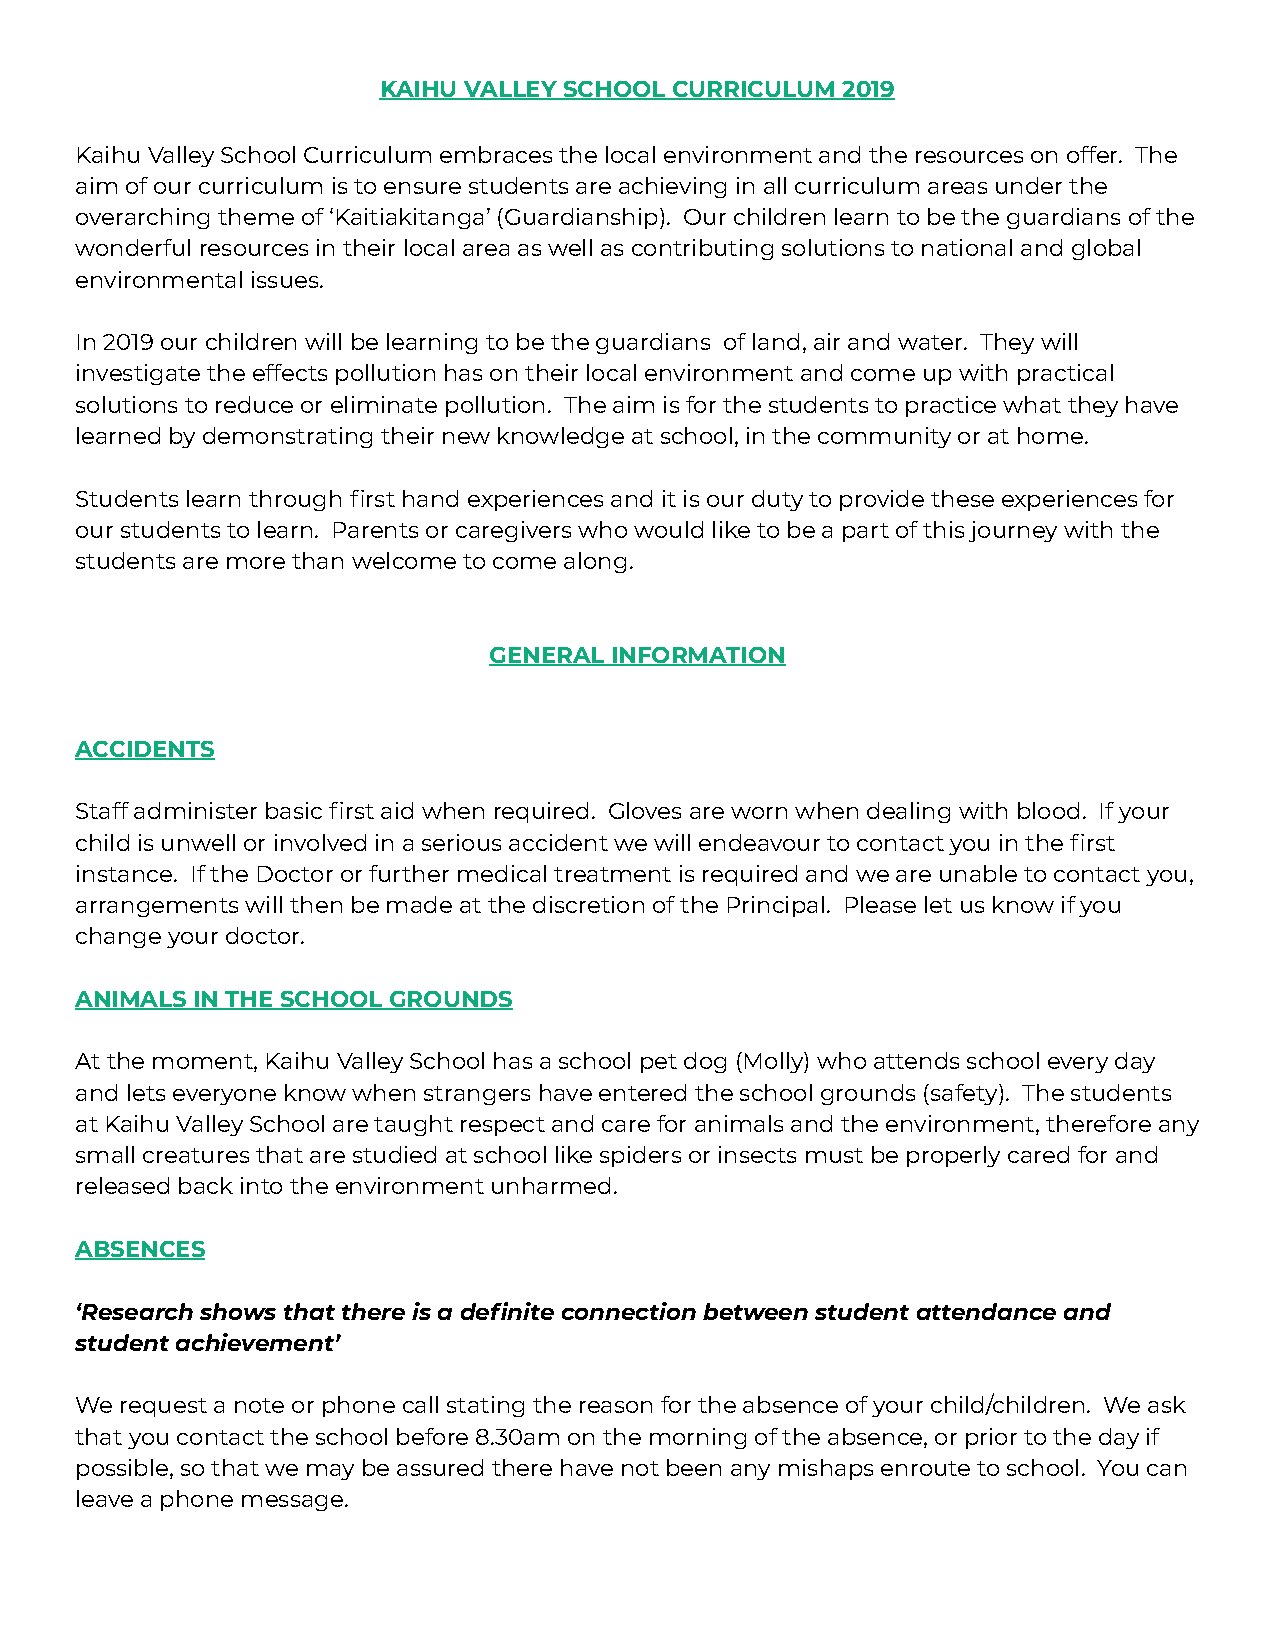
KAIHU VALLEY SCHOOL CURRICULUM 2019
 Kaihu Valley School Curriculum embraces the local environment and the resources on offer. The
 aim of our curriculum is to ensure students are achieving in all curriculum areas under the
 overarching theme of ‘Kaitiakitanga’ (Guardianship). Our children learn to be the guardians of the
 wonderful resources in their local area as well as contributing solutions to national and global
 environmental issues.
 In 2019 our children will be learning to be the guardians of land, air and water. They will
 investigate the effects pollution has on their local environment and come up with practical
 solutions to reduce or eliminate pollution. The aim is for the students to practice what they have
 learned by demonstrating their new knowledge at school, in the community or at home.
 Students learn through first hand experiences and it is our duty to provide these experiences for
 our students to learn. Parents or caregivers who would like to be a part of this journey with the
 students are more than welcome to come along.
 GENERAL INFORMATION
 ACCIDENTS
 Staff administer basic first aid when required. Gloves are worn when dealing with blood. If your
 child is unwell or involved in a serious accident we will endeavour to contact you in the first
 instance. If the Doctor or further medical treatment is required and we are unable to contact you,
 arrangements will then be made at the discretion of the Principal. Please let us know if you
 change your doctor.
 ANIMALS IN THE SCHOOL GROUNDS
 At the moment, Kaihu Valley School has a school pet dog (Molly) who attends school every day
 and lets everyone know when strangers have entered the school grounds (safety). The students
 at Kaihu Valley School are taught respect and care for animals and the environment, therefore any
 small creatures that are studied at school like spiders or insects must be properly cared for and
 released back into the environment unharmed.
 ABSENCES
 ‘Research shows that there is a definite connection between student attendance and
 student achievement’
 We request a note or phone call stating the reason for the absence of your child/children. We ask
 that you contact the school before 8.30am on the morning of the absence, or prior to the day if
 possible, so that we may be assured there have not been any mishaps enroute to school. You can
 leave a phone message.